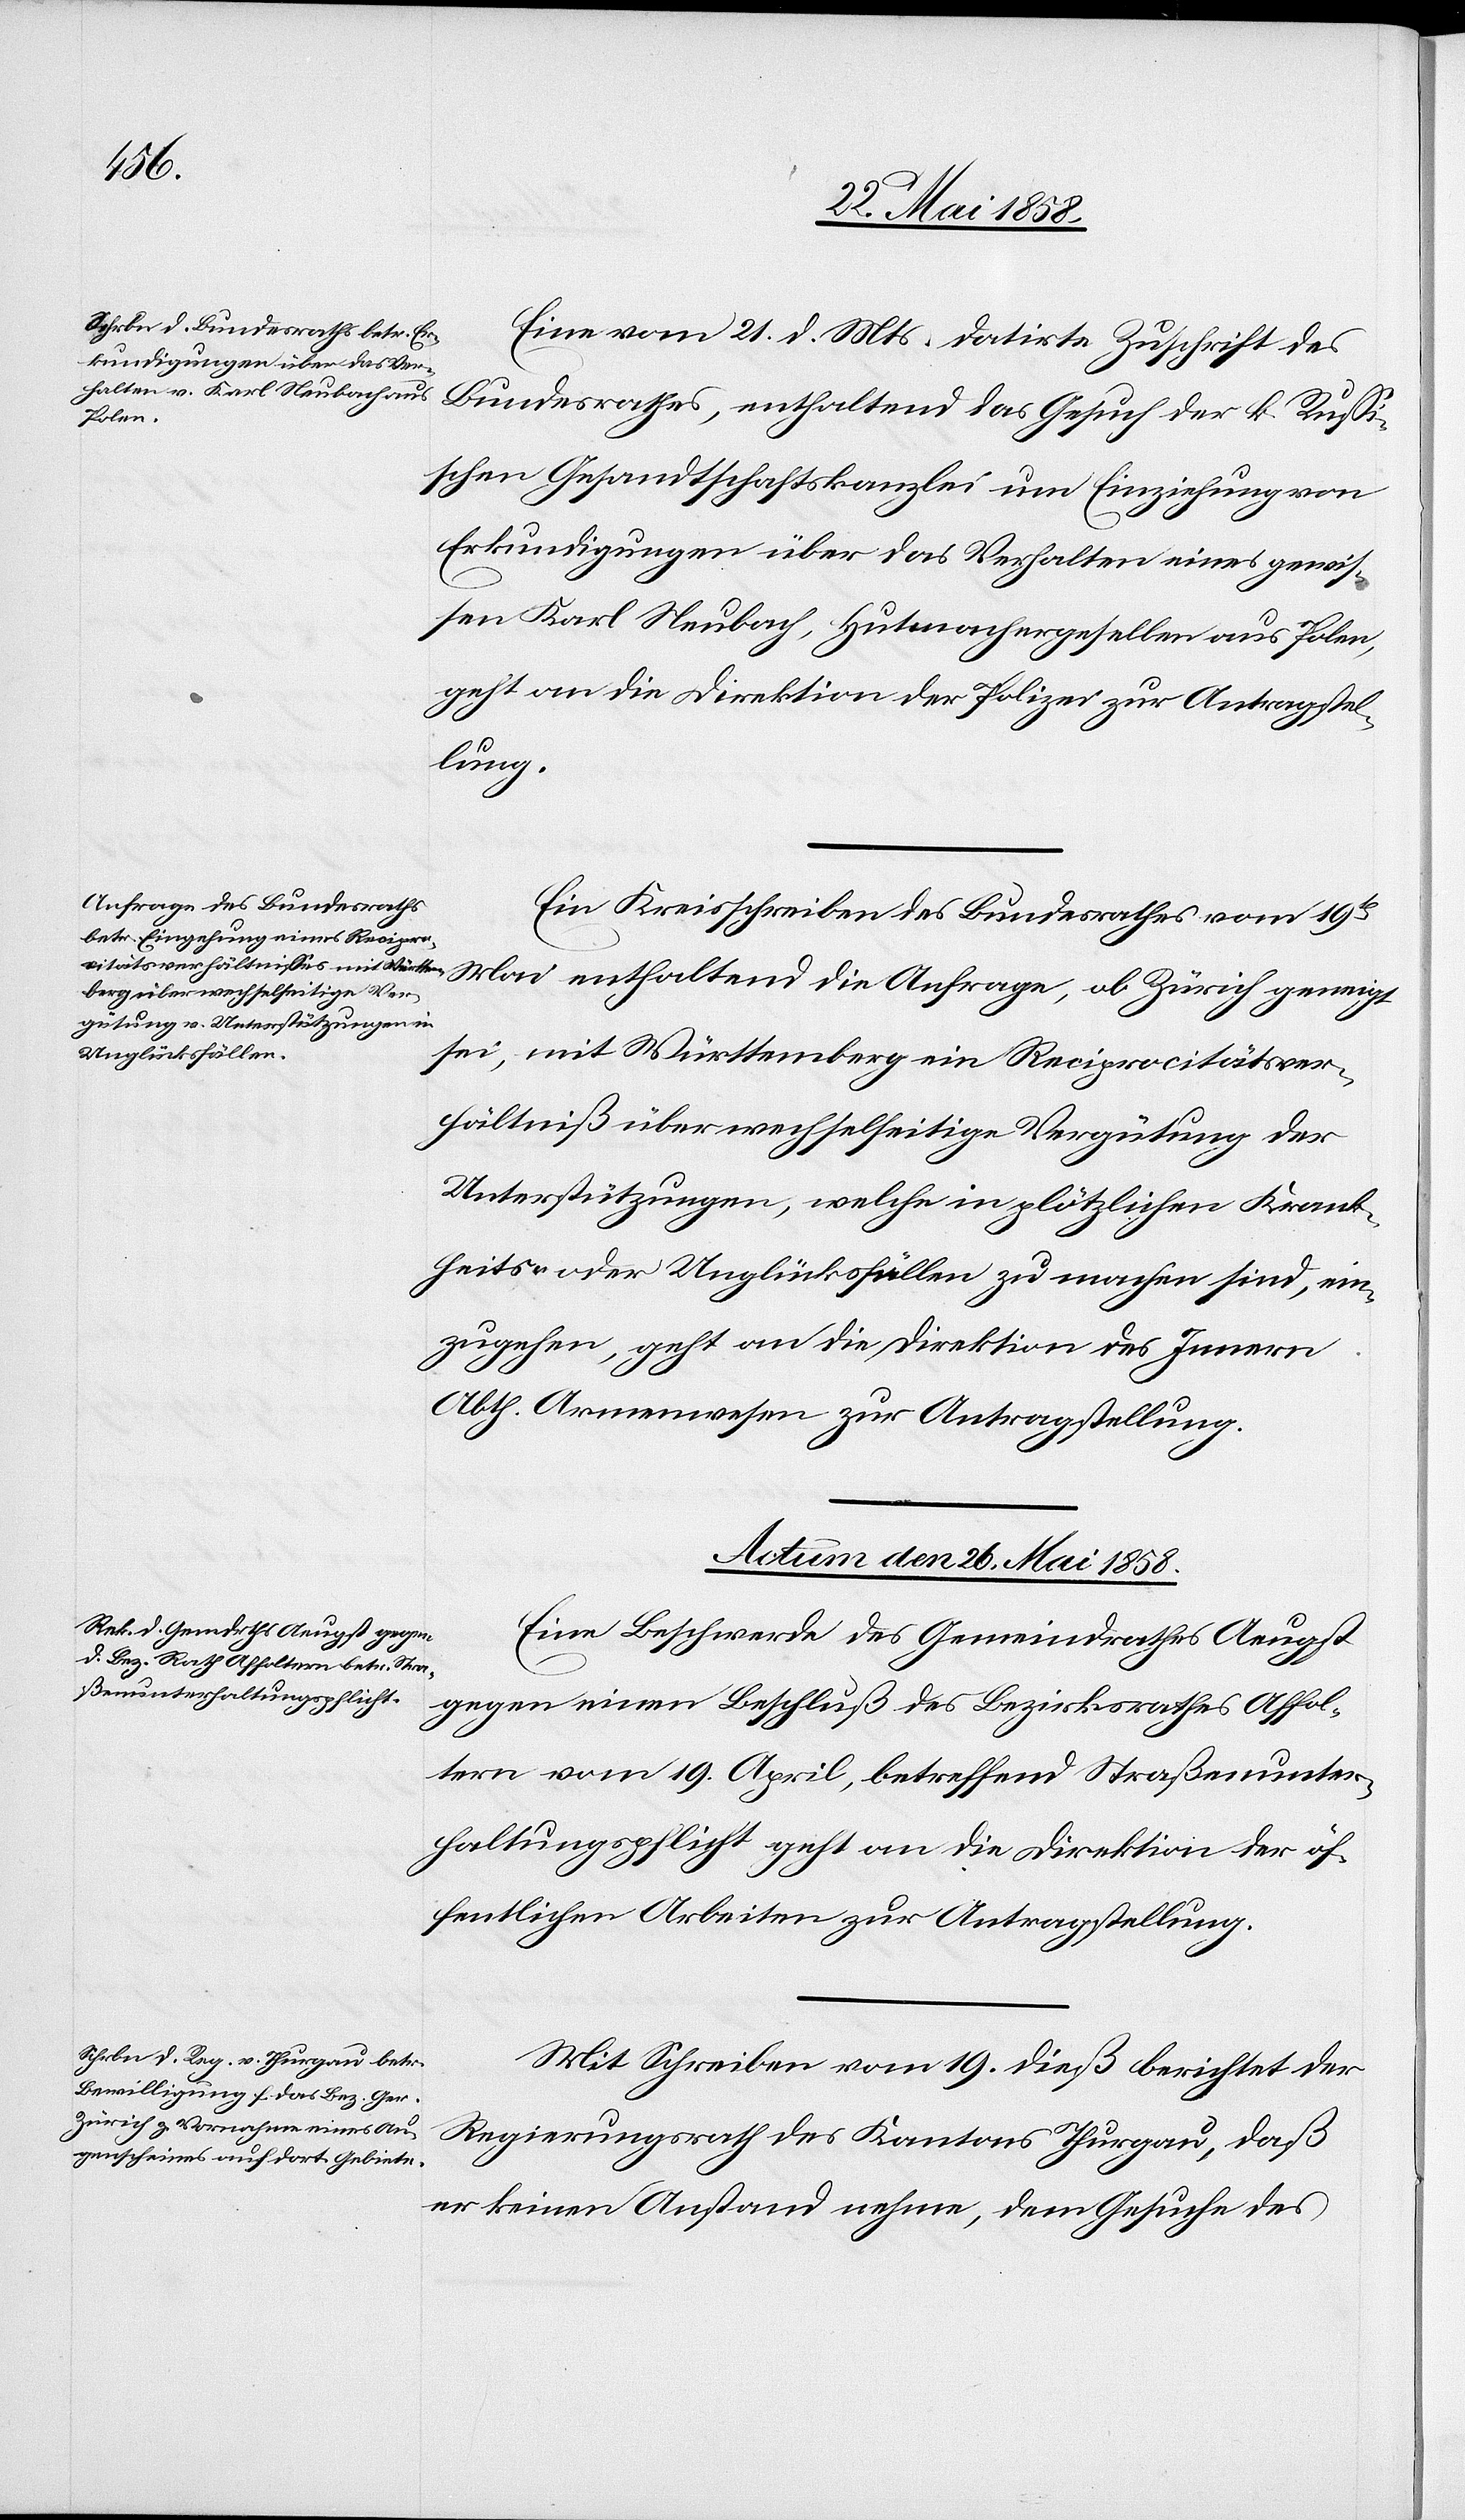
Eine vom 21. d. Mts. datirte Zuschrift des
Bundesrathes, enthaltend das Gesuch der k. Russi¬
schen Gesandtschaftskanzlei um Einziehung von
Erkundigungen über das Verhalten eines gewis¬
sen Karl Neubach, Hutmachergesellen aus Polen,
geht an die Direktion der Polizei zur Antragstel¬
lung.
Ein Kreisschreiben des Bundesrathes vom 19t
Mai enthaltend die Anfrage, ob Zürich geneigt
sei, mit Württemberg ein Reciprocitätsver¬
hältniß über wechselseitige Vergütung der
Unterstützungen, welche in plötzlichen Krank¬
heits- oder Unglücksfällen zu machen sind, ein¬
zugehen, geht an die Direktion des Innern
Abth. Armenwesen zur Antragstellung.
Actum den 26. Mai 1858.]
Eine Beschwerde des Gemeindrathes Aeugst
gegen einen Beschluß des Bezirksrathes Affol¬
tern vom 19. April, betreffend Straßenunter¬
haltungspflicht geht an die Direktion der öf¬
fentlichen Arbeiten zur Antragstellung.
Mit Schreiben vom 19. dieß berichtet der
Regierungsrath des Kantons Thurgau, daß
er keinen Anstand nehme, dem Gesuche des